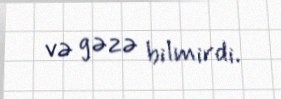
və gəzə bilmirdi.